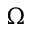
\boldsymbol { \Omega }